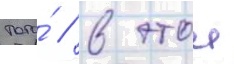
того́ / в этои